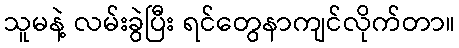
သူမနဲ့ လမ်းခွဲပြီး ရင်တွေနာကျင်လိုက်တာ။